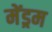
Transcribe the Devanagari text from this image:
मेंड्रम